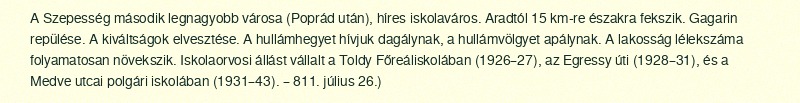
A Szepesség második legnagyobb városa (Poprád után), híres iskolaváros. Aradtól 15 km-re északra fekszik. Gagarin repülése. A kiváltságok elvesztése. A hullámhegyet hívjuk dagálynak, a hullámvölgyet apálynak. A lakosság lélekszáma folyamatosan növekszik. Iskolaorvosi állást vállalt a Toldy Főreáliskolában (1926–27), az Egressy úti (1928–31), és a Medve utcai polgári iskolában (1931–43). – 811. július 26.)